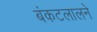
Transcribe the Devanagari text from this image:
बंकटलालने